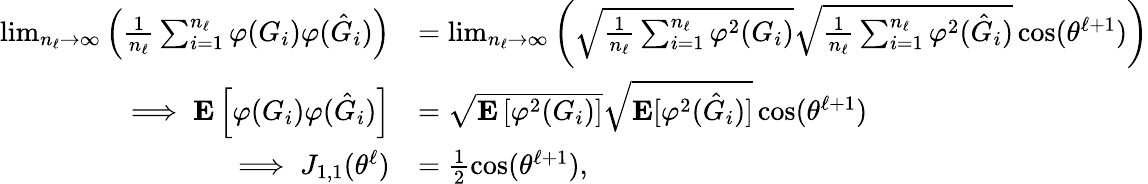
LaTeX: \begin{array}{rl}{\operatorname*{lim}_{n_{\ell}\to\infty}\left(\frac{1}{n_{\ell}}\sum_{i=1}^{n_{\ell}}{\varphi}(G_{i}){\varphi}(\hat{G}_{i})\right)}&{=\operatorname*{lim}_{n_{\ell}\to\infty}\left(\sqrt{\frac{1}{n_{\ell}}\sum_{i=1}^{n_{\ell}}{\varphi}^{2}(G_{i})}\sqrt{\frac{1}{n_{\ell}}\sum_{i=1}^{n_{\ell}}{\varphi}^{2}(\hat{G}_{i})}\cos(\theta^{\ell+1})\right)}\\ {\implies\mathbf{E}\left[{\varphi}(G_{i}){\varphi}(\hat{G}_{i})\right]}&{=\sqrt{\mathbf{E}\left[{\varphi}^{2}(G_{i})\right]}\sqrt{\mathbf{E}[{\varphi}^{2}(\hat{G}_{i})]}\cos(\theta^{\ell+1})}\\ {\implies J_{1,1}(\theta^{\ell})}&{=\frac{1}{2}\cos(\theta^{\ell+1}),}\end{array}